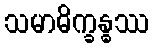
သမာဓိက္ခန္ဓဿ